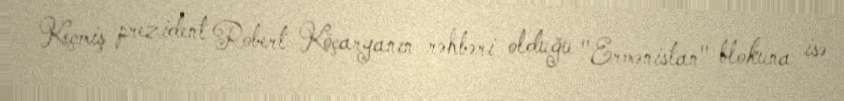
Keçmiş prezident Robert Köçaryanın rəhbəri olduğu "Ermənistan" blokuna isə